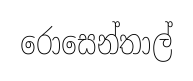
රොසෙන්තාල්